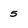
Character: 5